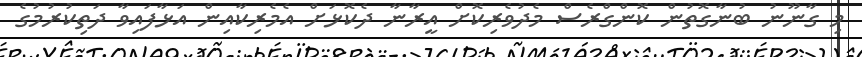
މި ގާނޫނު ބުނާގޮތުން ކޮންގްރެސް މެދުވެރިކޮށް އީރާނާ ދެކޮޅަށް އެމެރިކާއިން އަޅާފައިވާ ދަތިކުރުމުގެ